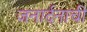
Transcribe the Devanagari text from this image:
जनार्दनाची